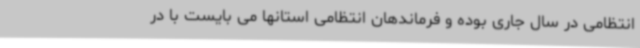
انتظامی در سال جاری بوده و فرماندهان انتظامی استانها می بایست با در